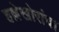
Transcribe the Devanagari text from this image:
हल्लेखोरांचा